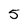
Character: 5